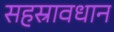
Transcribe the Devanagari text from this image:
सहस्रावधान